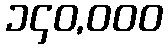
၁၄၀,၀၀၀